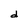
Character: d